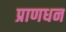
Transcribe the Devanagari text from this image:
प्राणधन